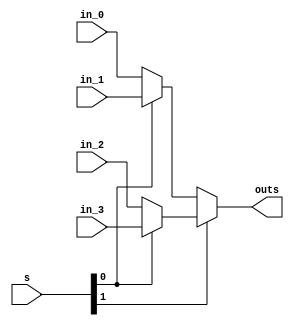
module w_bit_four_to_one_mux #(
	parameter W=2 
) 
(
	input [W-1:0] in_0, 
	input [W-1:0] in_1,
	input [W-1:0] in_2,	
	input [W-1:0] in_3,
	input [1:0]s, 
	output [W-1:0]outs
	
);  
	// The MUX logic equation is implemented using nested if statements. 
	assign outs = s[1] ? (s[0] ? in_3 : in_2 ) : (s[0] ? in_1 : in_0); 
	
endmodule